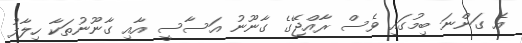
އެ ގަންނަ ބިމުގައި ވެސް ރާއްޖޭގެ ގާނޫނު އަސާސީ އާއި ގާނޫނުތަކާ ހިލާފު